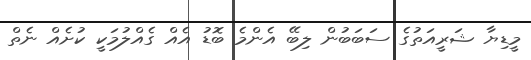
މީޑިޔާ ޝަރީއަތުގެ ސަބަބުން ލިބޭ އެންމެ ބޮޑު އެއް ގެއްލުމަކީ ކުށެއް ނެތް